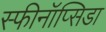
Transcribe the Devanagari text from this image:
स्फीनॉप्सिडा